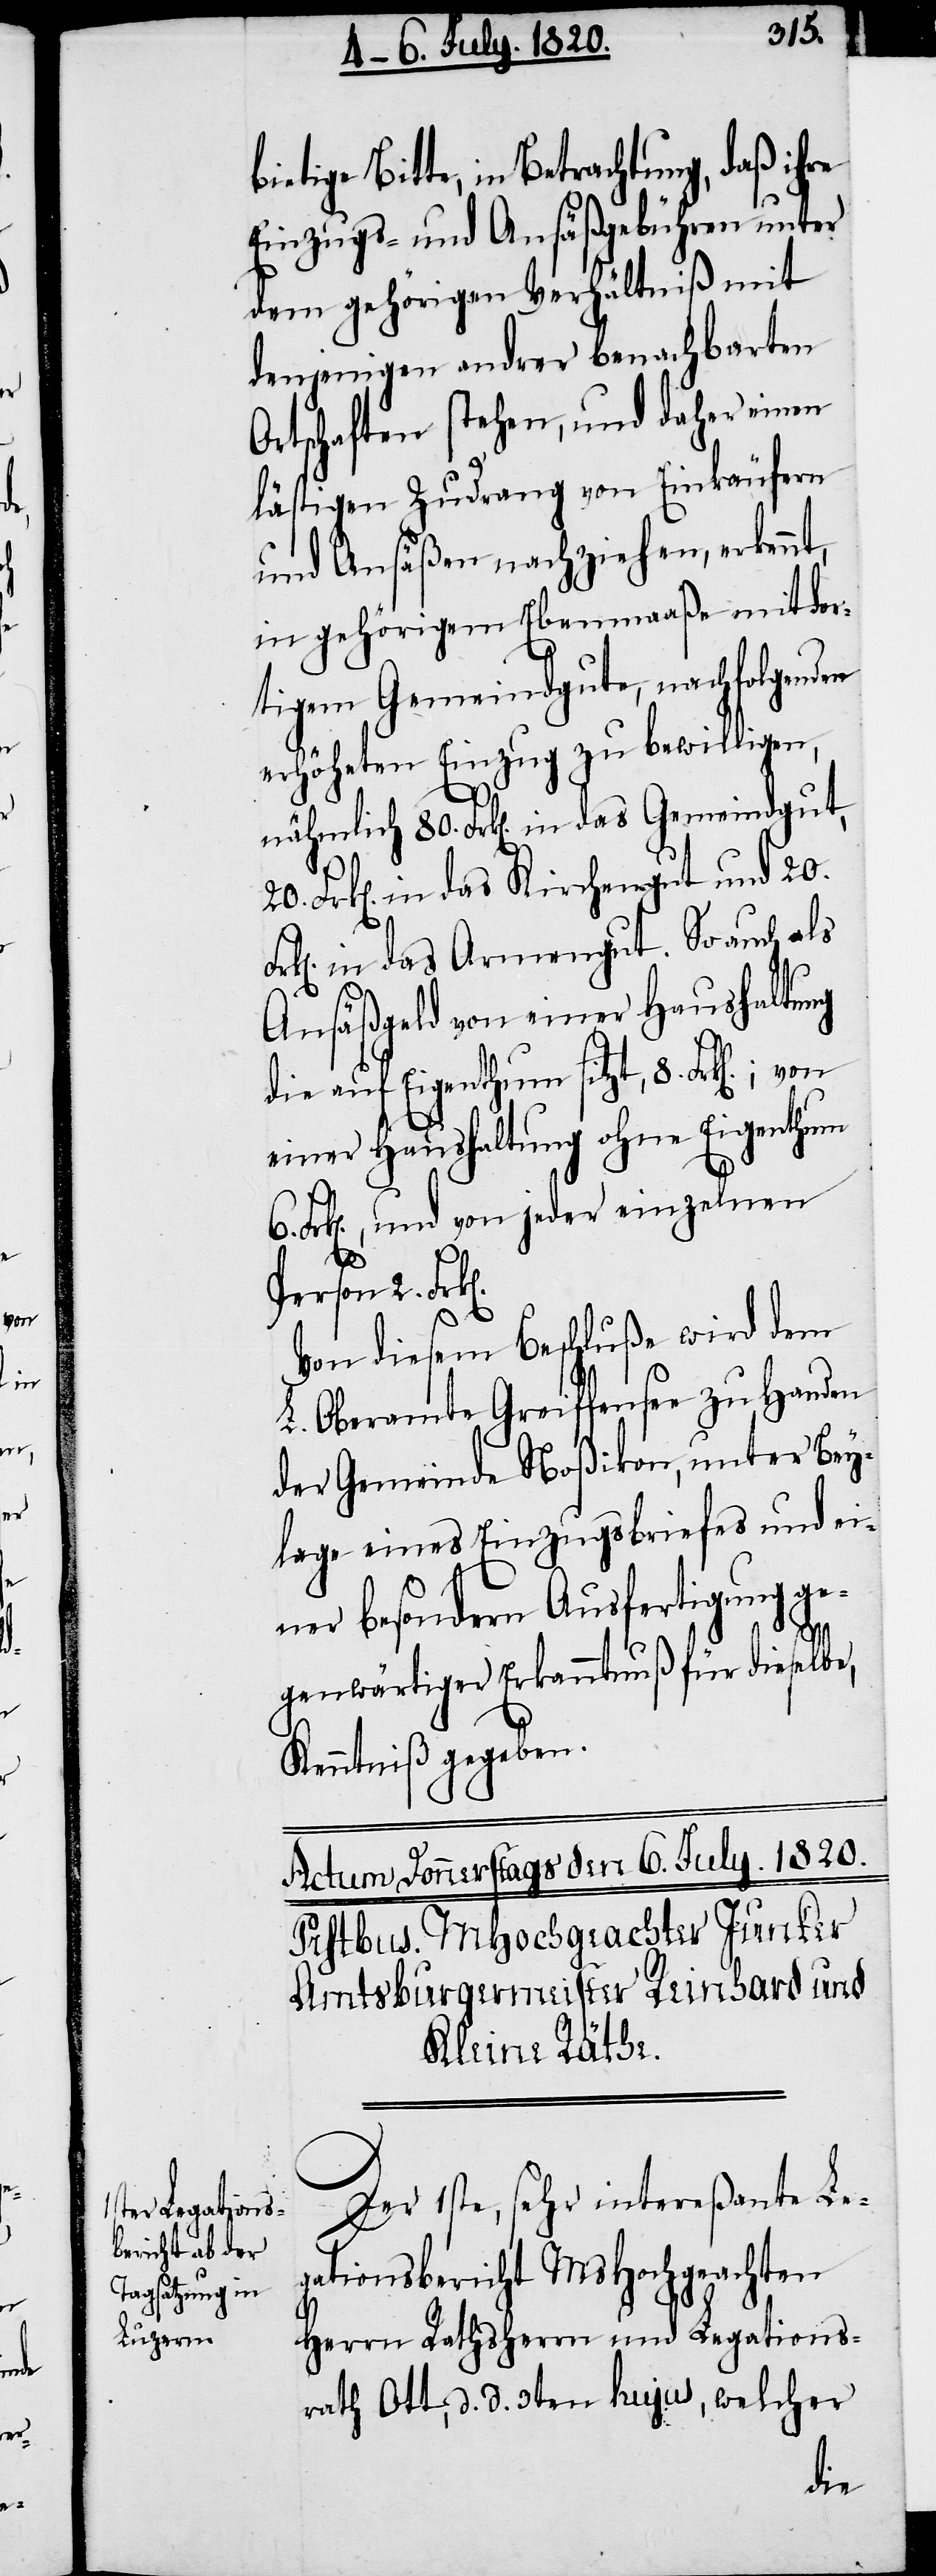
Fr¬

ietige Bitte, in Betrachtung, daß ihre
Einzugs- und Ansäßgebühren unter
dem gehörigen Verhältniß mit
denjenigen andrer benachbarten
Ortschaften stehen, und daher einen
lästigen Zudrang von Einkäufern
und Ansäßen nachziehen, erkennt,
in gehörigem Ebenmaaße mit dor¬
tigem Gemeindgute, nachfolgenden
erhöhten Einzug zu bewilligen,
nämlich 80. Frk[en]. in das Gemeindgut,
Frk[en]. in das Kirchengut und 20.
k[en]. in das Armengut. So auch als
Ansäßgeld von einer Haushaltung
die auf Eigenthum sitzt, 8. Frk[en].;
einer Haushaltung ohne Eigenthum
Frk[en]., und von jeder einzelnen
20.
Person 2. Frk[e¬
Von diesem Beschluße wird dem
L. Oberamte Greiffensee zu Handen
der Gemeinde Noßikon, unter Bey¬
lage eines Einzugsbriefes und ei¬
n].
ner besondern Ausfertigung ge¬
genwärtiger Erkanntnuß für dieselbe,
Kenntniß gegeben.
Der 1ste, sehr intereßante Le¬
gationsbericht MsHochgeachten
Herrn Rathsherrn und Legations¬
rath Ott, d. d. 3ten hujus, welcher